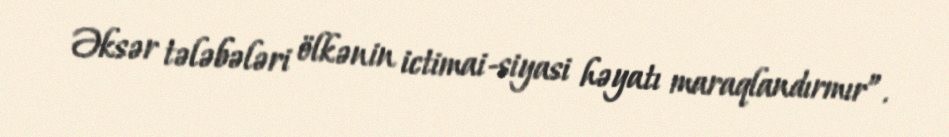
Əksər tələbələri ölkənin ictimai-siyasi həyatı maraqlandırmır”.